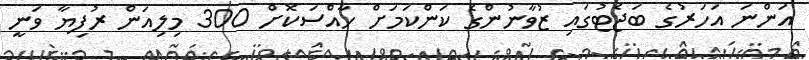
އަންނަ އަހަރުގެ ބަޖެޓުގައި ޒުވާނުންގެ ކަންކަމަށް ހާއްސަކޮށް 300 މިލިއަން ރުފިޔާ ވަނީ